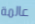
عالمة